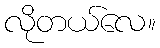
လိုတယ်လေ။